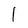
Character: I